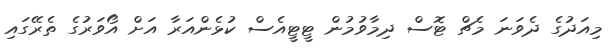
މިއަދުގެ ދެވަނަ މެޗް ޓޮސް ދިމާވުމުން ޓީޓީއެސް ކުޅެންއަރާ އަށް އޯވަރުގެ ތެރޭގައި